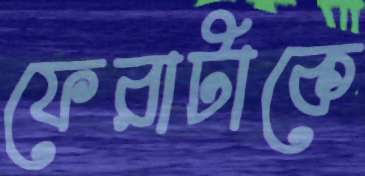
ফেরাটাকে